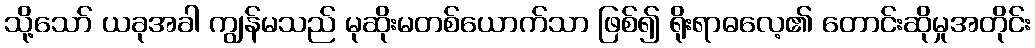
သို့သော် ယခုအခါ ကျွန်မသည် မုဆိုးမတစ်ယောက်သာ ဖြစ်၍ ရိုးရာဓလေ့၏ တောင်းဆိုမှုအတိုင်း